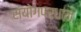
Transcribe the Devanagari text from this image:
संयोगप्रधान